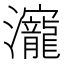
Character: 𰝳